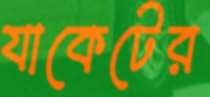
যাকেটের